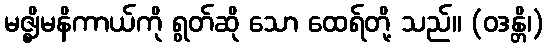
မဇ္ဈိမနိကာယ်ကို ရွတ်ဆို သော ထေရ်တို့ သည်။ (ဝဒန္တိ၊)